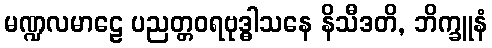
မဏ္ဍလမာဠေ ပညတ္တဝရဗုဒ္ဓါသနေ နိသီဒတိ, ဘိက္ခူနံ